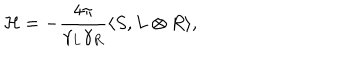
{ \cal H } = - { \frac { 4 \pi } { \gamma _ { L } \gamma _ { R } } } \langle S , L \otimes R \rangle ,